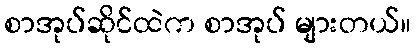
စာအုပ်ဆိုင်ထဲက စာအုပ် များတယ်။